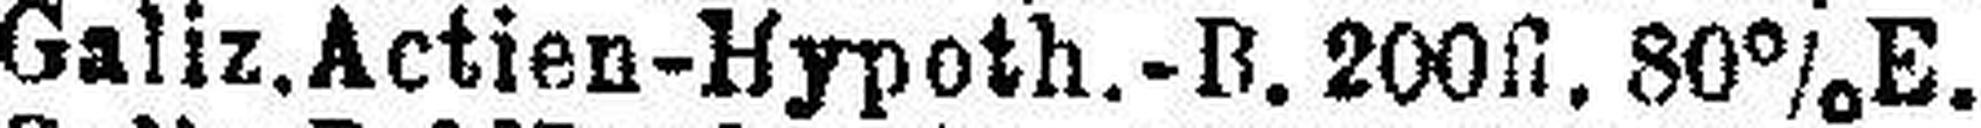
Galiz. Actien-Hypoth.-B. 200fl. 80% E.